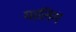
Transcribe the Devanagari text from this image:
मालिम